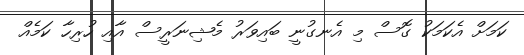
ކަމަށް އެކަމަކު ގޮސް މި އެނގުނީ ބައިވަރު މެޝިނަރީސް އާއި ހުރިހާ ކަމެއް